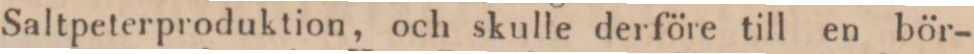
Saltpeterproduktion, och skulle derföre till en bör-